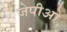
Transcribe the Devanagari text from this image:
जेपीओ